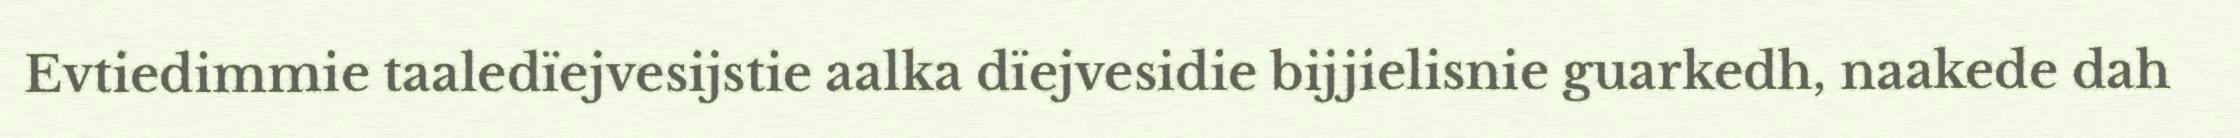
Evtiedimmie taaledïejvesijstie aalka dïejvesidie bijjielisnie guarkedh, naakede dah